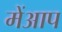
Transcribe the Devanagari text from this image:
मेंआप